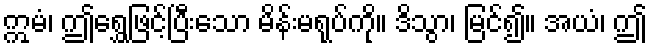
ဣမံ၊ ဤရွှေဖြင့်ပြီးသော မိန်းမရုပ်ကို။ ဒိသွာ၊ မြင်၍။ အယံ၊ ဤ